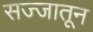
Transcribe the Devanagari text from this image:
सज्जातून